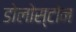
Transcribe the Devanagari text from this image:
डोलोस्टोन